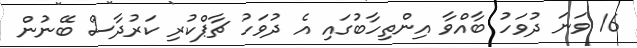
16 ވަނަ ދުވަހު ބާއްވާ އިންތިހާބުގައި އެ ދުވަހު ޗާޕްކުރި ކަރުދާސް ބޭނުން